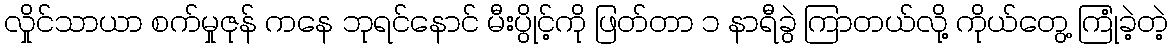
လှိုင်သာယာ စက်မှုဇုန် ကနေ ဘုရင်နောင် မီးပွိုင့်ကို ဖြတ်တာ ၁ နာရီခွဲ ကြာတယ်လို့ ကိုယ်တွေ့ ကြုံခဲ့တဲ့